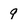
Character: 9